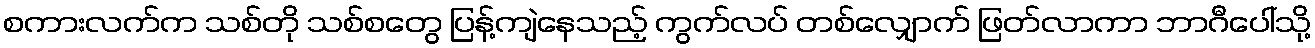
စကားလက်က သစ်တို သစ်စတွေ ပြန့်ကျဲနေသည့် ကွက်လပ် တစ်လျှောက် ဖြတ်လာကာ ဘာဂီပေါ်သို့